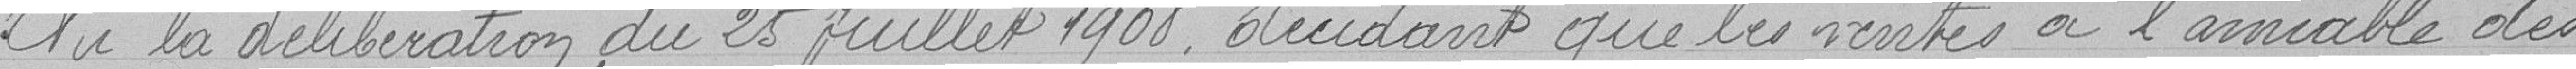
Vu la délibération du 25 juillet 1908, décidant que les ventes à l'amiable des